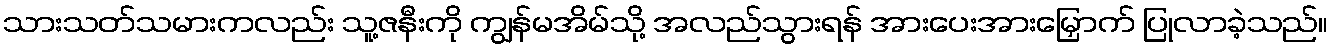
သားသတ်သမားကလည်း သူ့ဇနီးကို ကျွန်မအိမ်သို့ အလည်သွားရန် အားပေးအားမြှောက် ပြုလာခဲ့သည်။